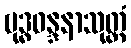
ဗုဒ္ဓဝန္ဒနာသုတ္တံ